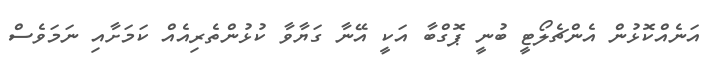
އަނެއްކޮޅުން އެންޗެލޯޓީ ބުނީ ޕޮގްބާ އަކީ އޭނާ ގަޔާވާ ކުޅުންތެރިއެއް ކަމަށާއި ނަމަވެސް